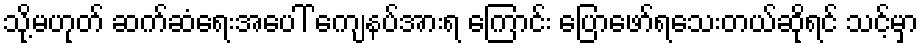
သို့မဟုတ် ဆက်ဆံရေးအပေါ် ကျေနပ်အားရ ကြောင်း ပြောဖော်ရသေးတယ်ဆိုရင် သင့်မှာ